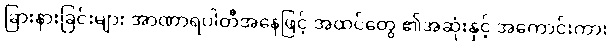
ခြားနားခြင်းများ အာဏာရပါတီအနေဖြင့် အထင်တွေ ၏အဆုံးနှင့် အကောင်းကား